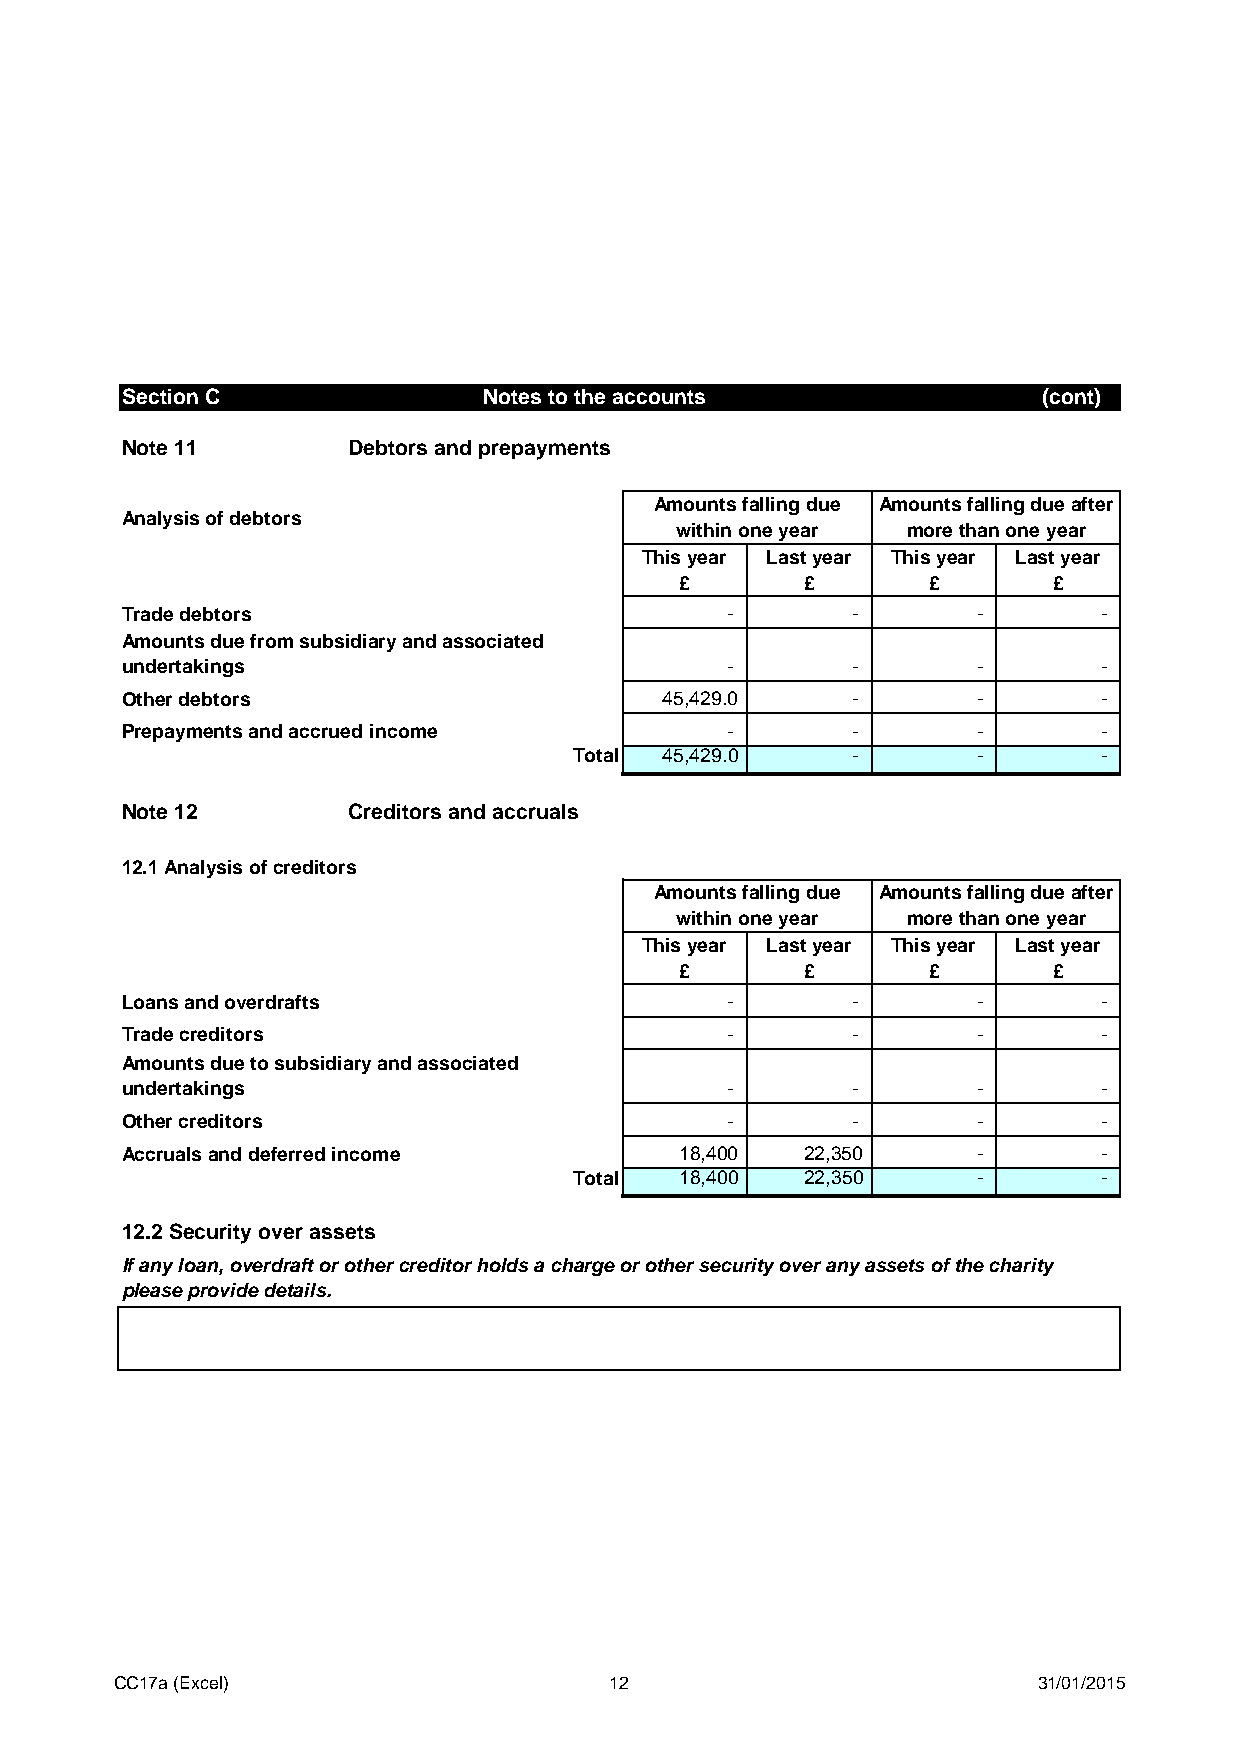
Section C               Notes to the accounts                (cont)
 Note 11        Debtors and prepayments
 Amounts falling due Amounts falling due after
 Analysis of debtors
 within one year more than one year
 This year Last year This year Last year
 £       £       £        £
 Trade debtors                           -       -        -       -
 Amounts due from subsidiary and associated
 undertakings                            -       -        -       -
 Other debtors                       45,429.0    -        -       -
 Prepayments and accrued income          -       -        -       -
 Total 45,429.0    -        -       -
 Note 12        Creditors and accruals
 12.1 Analysis of creditors
 Amounts falling due Amounts falling due after
 within one year more than one year
 This year Last year This year Last year
 £       £       £        £
 Loans and overdrafts                    -       -        -       -
 Trade creditors                         -       -        -       -
 Amounts due to subsidiary and associated
 undertakings                            -       -        -       -
 Other creditors                         -       -        -       -
 Accruals and deferred income         18,400  22,350      -       -
 Total  18,400  22,350      -       -
 12.2 Security over assets
 If any loan, overdraft or other creditor holds a charge or other security over any assets of the charity
 please provide details.
 CC17a (Excel)                   12                           31/01/2015